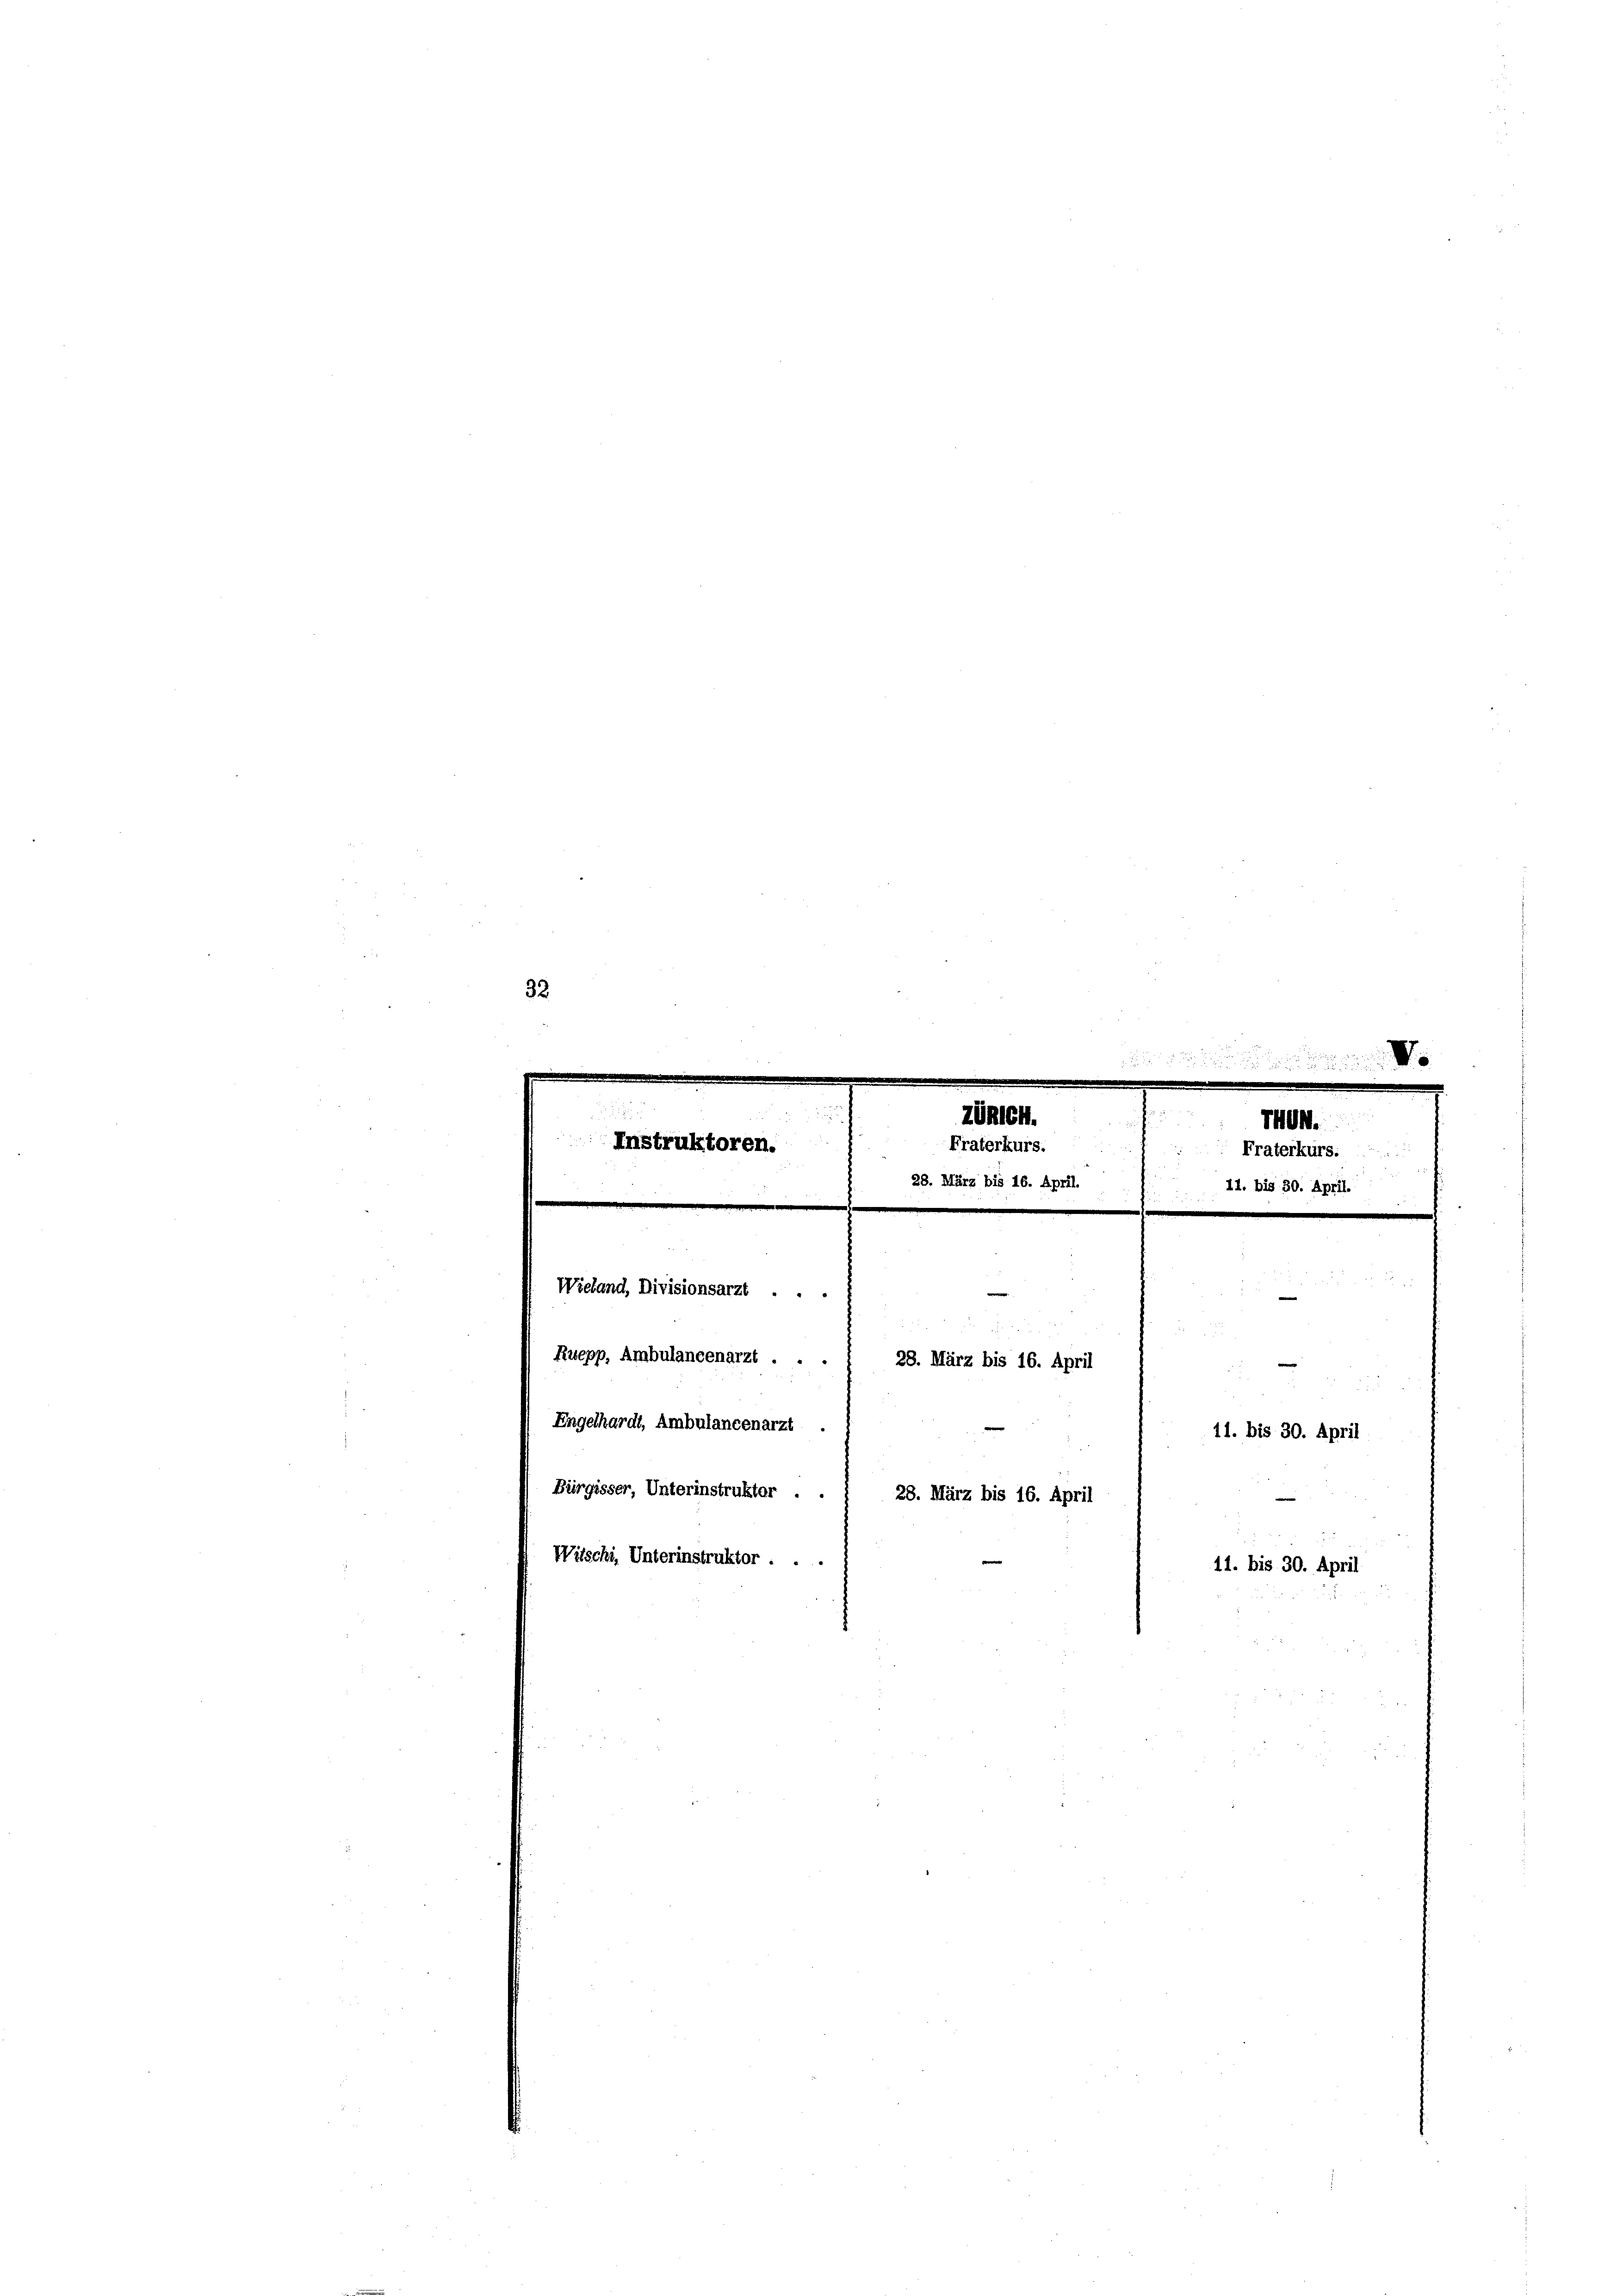
32.
r

u
Instruktoren.

Wieland, Divisionsarzt ...
Ruepp. Ambulaneenarzt . . .
28. März bis 16. April
Engelhardt, Ambulancenarzt.
Bürgisser, Unterinstrukter ..
28. März bis 16. April
e

Zöller.
Fraterkurs.
8. März bis 16. Apri

Witschi, Unterinstruktor . .

11. bis 30. April

11. bis 30. April